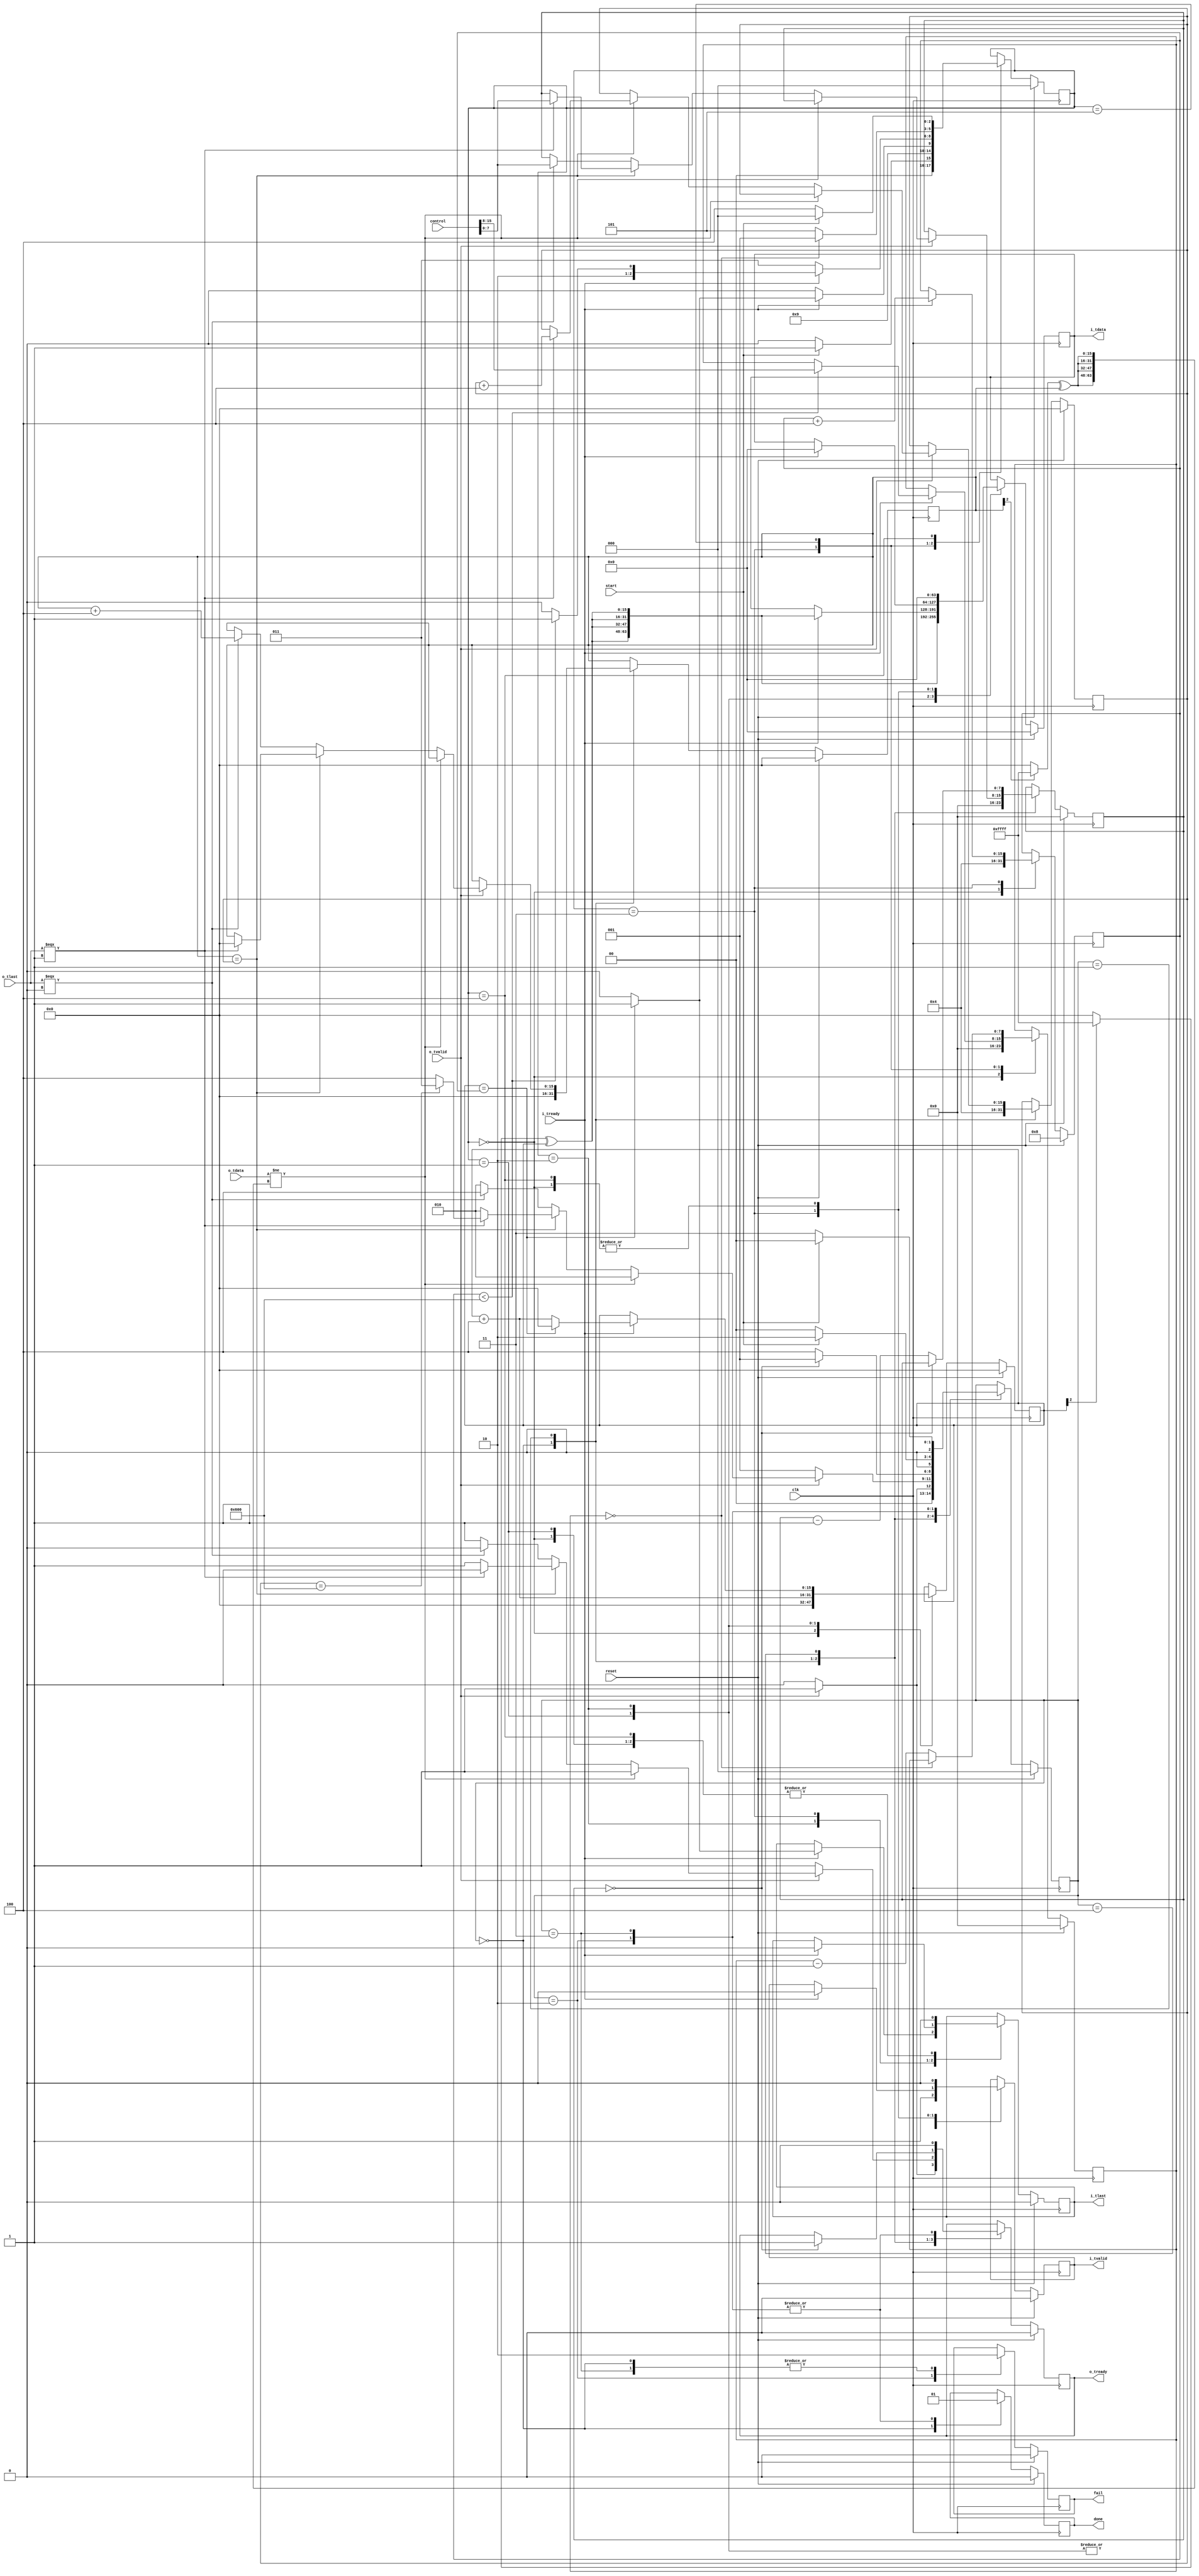
//
// Synthesizable test pattern generators and checkers
// for CHDR that can be used to test transparent blocks
// (FIFOs, switches, etc)
//

//`define MTU 8192
`define MTU 1536

module axi_chdr_test_pattern
  (
   input clk,
   input reset,
  
   //
   // CHDR friendly AXI stream input
   //
   output reg [63:0] i_tdata,
   output reg i_tlast,
   output reg i_tvalid,
   input  wire i_tready,
   //
   // CHDR friendly AXI Stream output
   //
   input wire [63:0] o_tdata,
   input wire o_tlast,
   input wire o_tvalid,
   output reg o_tready,
   //
   // Test flags
   //
   input start,
   input [15:0] control,
   output reg fail,
   output reg done
   );

   wire [7:0]      bist_rx_delay = control[7:0];
   wire [7:0]      bist_tx_delay = control[15:8];
   

   reg [15:0] tx_count, rx_count;
   reg [15:0] tx_data, rx_data;
   reg [7:0]  tx_delay, rx_delay;
   

   localparam TX_IDLE = 0;
   localparam TX_START = 1;
   localparam TX_ACTIVE = 2;
   localparam TX_GAP = 3;
   localparam TX_DONE = 4;
   localparam TX_WAIT = 5;

   localparam RX_IDLE = 0;
   localparam RX_ACTIVE = 1;
   localparam RX_FAIL = 2;
   localparam RX_DONE = 3;
   localparam RX_WAIT = 4;
      
   reg [2:0]  tx_state, rx_state;
 
   //
   // Transmitter
   //
   always @(posedge clk)
     if (reset)
       begin
	  tx_delay <= 0; 
	  tx_count <= 8;
	  tx_data <= 0;
	  i_tdata <= 64'h0;
	  i_tlast <= 1'b0;
	  i_tvalid <= 1'b0;
	  tx_state <= TX_IDLE;
       end
     else
       begin
	  case(tx_state)
	    TX_IDLE: begin
	       tx_delay <= 0; 
	       i_tdata <= 64'h0;
	       i_tlast <= 1'b0;
	       i_tvalid <= 1'b0;
	       tx_data <= 0;
	       tx_count <= 4;
	       // Run whilst start asserted.
	       if (start) begin
		  tx_state <= TX_START;		  
		  // ....Go back to initialized state if start deasserted.
	       end else begin		 		  
		  tx_state <= TX_IDLE;
	       end		  
	    end // case: TX_IDLE

	    //
	    // START signal is asserted.
	    // Now need to start transmiting a packet.
	    //
	    TX_START: begin
	       // At the next clock edge drive first beat of new packet onto HDR bus.
	       i_tlast <= 1'b0;
	       i_tvalid <= 1'b1;
	       tx_data <= tx_data + 4;
	       // i_tdata <= {tx_data,tx_data+16'd1,tx_data+16'd2,tx_data+16'd3};
	       i_tdata <= {4{(tx_data[2]?16'hffff:16'h0000)^tx_data[15:0]}};
	       tx_state <= TX_ACTIVE;
	       
	    end
	    
	    //
	    // Valid data is (already) being driven onto the CHDR bus.
	    // i_tlast may also be driven asserted if current data count has reached EOP.
	    // Watch i_tready to see when it's consumed.
	    // When packets are consumed increment data counter or transition state if
	    // EOP has sucsesfully concluded.
	    //
	    TX_ACTIVE: begin
	       i_tvalid <= 1'b1; // Always assert tvalid
	       if (i_tready) begin
		  
//		  i_tdata <= {tx_data,tx_data+16'd1,tx_data+16'd2,tx_data+16'd3};
		  i_tdata <= {4{(tx_data[2]?16'hffff:16'h0000)^tx_data[15:0]}};
		  // Will this next beat be the last in a packet?
		  if (tx_data == tx_count) begin
		     tx_data <= 0;
		     i_tlast <= 1'b1;
		     tx_state <= TX_GAP;
		  end else begin
		     tx_data <= tx_data + 4;
		     i_tlast <= 1'b0;
		     tx_state <= TX_ACTIVE;
		  end		  
	       end else begin
		  // Keep driving all CHDR bus signals as-is until i_tready is asserted.
		  tx_state <= TX_ACTIVE;
	       end
	    end // case: TX_ACTIVE
	    //
	    // Force an inter-packet gap between packets in a BIST sequence where tvalid is driven low.
	    // As we leave this state check if all packets in BIST sequence have been generated yet,
	    // and if so go to done state.
	    //
	    TX_GAP: begin
	       if (i_tready) begin
		  i_tvalid <= 1'b0;
		  i_tdata <= 64'h0;
		  i_tlast <= 1'b0;
		  tx_count <= tx_count + 4;
		  
		  if (tx_count < `MTU) begin
		     tx_state <= TX_WAIT;
		     tx_delay <= bist_tx_delay;		  
		  end else
		    tx_state <= TX_DONE;
	       end else begin // if (i_tready)
		  tx_state <= TX_GAP;
	       end
	    end // case: TX_GAP
	    //
	    // Simulate inter packet gap in real UHD system
	    TX_WAIT: begin
	       if (tx_delay == 0)
		 tx_state <= TX_START;
	       else begin
		  tx_delay <= tx_delay - 1;
		  tx_state <= TX_WAIT;
	       end
	    end
	    
	    //
	    // Complete test pattern BIST sequence has been transmitted. Sit in this
	    // state indefinately if START is taken low, which re-inits the whole BIST solution.
	    // 
	    TX_DONE: begin
	       if (!start) begin
		  tx_state <= TX_DONE;
	       end else begin
		  tx_state <= TX_IDLE;
	       end
	       i_tvalid <= 1'b0;
	       i_tdata <= 64'd0;
	       i_tlast <= 1'b0;
	       
	    end
	  endcase // case (tx_state)
       end

   //
   // Receiver
   //
   always @(posedge clk)
     if (reset)
       begin
	  rx_delay <= 0;
	  rx_count <= 0;
	  rx_data <= 0;
	  o_tready <= 1'b0;
	  rx_state <= RX_IDLE;
	  fail <= 1'b0;
	  done <= 1'b0;
	  
       end
     else begin
	case (rx_state)
	  RX_IDLE: begin
	     rx_delay <= 0;
	     o_tready <= 1'b0;
	     rx_data <= 0;
	     rx_count <= 4;
             fail <= 1'b0;
	     done <= 1'b0;
	     // Not accepting data whilst Idle,
	     // switch to active when packet arrives
	     if (o_tvalid) begin		
	        o_tready <= 1'b1;
		rx_state <= RX_ACTIVE;
	     end else
	       rx_state <= RX_IDLE;	       	    
	  end
	  
	  RX_ACTIVE: begin
	     o_tready <= 1'b1;
	     if (o_tvalid)
//	       if (o_tdata != {rx_data,rx_data+16'd1,rx_data+16'd2,rx_data+16'd3})
	       if (o_tdata != {4{(rx_data[2]?16'hffff:16'h0000)^rx_data[15:0]}})
		 begin
		    $display("o_tdata: %x  !=  expected:  %x @ time: %d",o_tdata,
//			     {rx_data,rx_data+16'd1,rx_data+16'd2,rx_data+16'd3},
			     {4{(rx_data[2]?16'hffff:16'h0000)^rx_data[15:0]}},
			     $time);		    
		    rx_state <= RX_FAIL;
		 end
	       else
		 // Should last be asserted?
		 if (rx_data == rx_count)
		   // ...last not asserted when it should be!
		   if (~(o_tlast===1)) begin
		      $display("o_tlast not asserted when it should be @ time: %d",$time);		     
		      rx_state <= RX_FAIL;
		   end else begin
		      // End of packet, set up to RX next 
		      rx_data <= 0;
		      rx_count <= rx_count + 4;
		      rx_delay <= bist_rx_delay;
		      if (rx_count == `MTU) begin
			 rx_state <= RX_DONE;
		      end else begin
			 rx_state <= RX_WAIT;
		      end
		      o_tready <= 1'b0;
		   end	       
		 else
		   // ...last asserted when it should not be!
		   if (~(o_tlast===0)) begin
		      $display("o_tlast asserted when it should not be @ time: %d",$time);		     
		      rx_state <= RX_FAIL;
		   end else begin
		      // Still in packet body
		      rx_data <= rx_data + 4;
		      rx_delay <= bist_rx_delay;
		      rx_state <= RX_WAIT;
		      o_tready <= 1'b0;
		   end
	     else
	       // Nothing to do this cycle
	       rx_state <= RX_ACTIVE;	       
	  end // case: RX_ACTIVE

	  // To simulate the radio consuming samples at a steady rate set by the decimation
	  // have a programable delay here
	  RX_WAIT: begin
	     if (rx_delay == 0) begin
		rx_state <= RX_ACTIVE;
		o_tready <= 1'b1;
	     end else begin
		rx_delay <= rx_delay - 1;
		rx_state <= RX_WAIT;
	     end	     
	  end
	  
	  
	  RX_FAIL: begin
	     o_tready <= 1'b0;
	     done <= 1'b1;
	     fail <= 1'b1;
	     // If start is deasserted allow BIST logic to reset and rearm
	     if (start)
	       rx_state <= RX_FAIL;
	     else
	       rx_state <= RX_IDLE;
	     
	  end
	  
	  RX_DONE: begin
	     o_tready <= 1'b0;
	     done <= 1'b1;
	     fail <= 1'b0;
	     // If start is asserted allow BIST logic to reset, rearm & restart
	     if (!start)
	       rx_state <= RX_DONE;
	     else
	       rx_state <= RX_IDLE;
	     
	  end
	  
	endcase // case (rx_state)
     end
 
   

endmodule